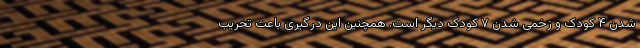
شدن ۴ کودک و زخمی شدن ۷ کودک دیگر است. همچنین این درگیری باعث تخریب